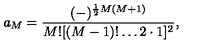
a _ { M } = { \frac { ( - ) ^ { { \frac { 1 } { 2 } } M ( M + 1 ) } } { M ! [ ( M - 1 ) ! \ldots 2 \cdot 1 ] ^ { 2 } } } ,